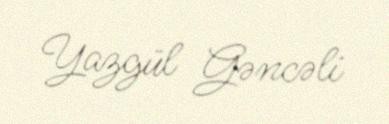
Yazgül Gəncəli